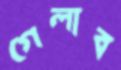
গেলাব